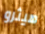
هيثرو